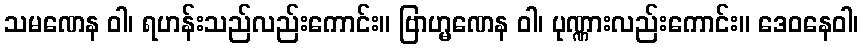
သမဏေန ဝါ၊ ရဟန်းသည်လည်းကောင်း။ ဗြာဟ္မဏေန ဝါ၊ ပုဏ္ဏားလည်းကောင်း။ ဒေဝနေဝါ၊